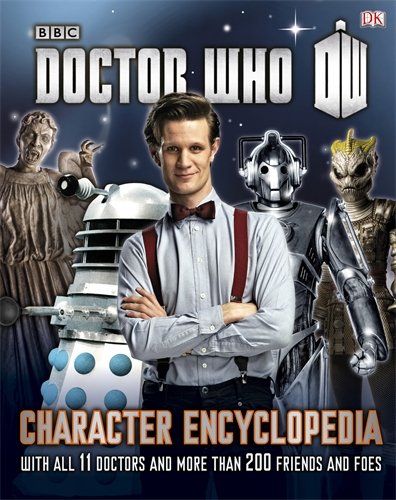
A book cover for Doctor Who Character Encyclopedia; Jason Loborik; Humor & Entertainment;